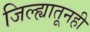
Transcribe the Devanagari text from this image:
जिल्ह्यातूनही